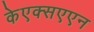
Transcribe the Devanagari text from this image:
केएक्सएएन